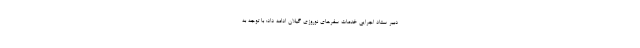
دبیر ستاد اجرایی خدمات سفرهای نوروزی گیلان ادامه داد: با توجه به